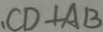
、 C D \bot A B